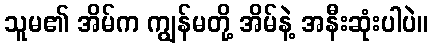
သူမ၏ အိမ်က ကျွန်မတို့ အိမ်နဲ့ အနီးဆုံးပါပဲ။